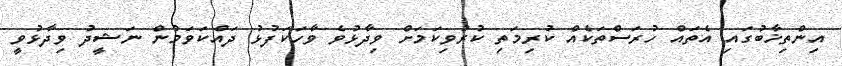
އިންތިޚާބުގައި އެތައް ހުރަސްތަކެއް ކުރިމަތި ކުރުވިކަމަށް ވިދާޅުވެ ވާހަކަފުޅު ދައްކަވަމުން ނަޝީދު ވިދާޅުވީ